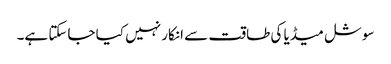
سوشل میڈیا کی طاقت سے انکار نہیں کیا جاسکتا ہے۔